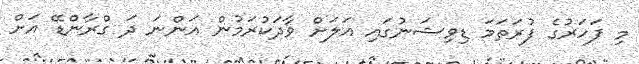
މި ފަހަރުގެ ފުރަތަމަ ޑިވިޝަނުގައި އަލަށް ވާދަކުރަމުން އަންނަ ދަ ގްރާންޑޭ އަށް